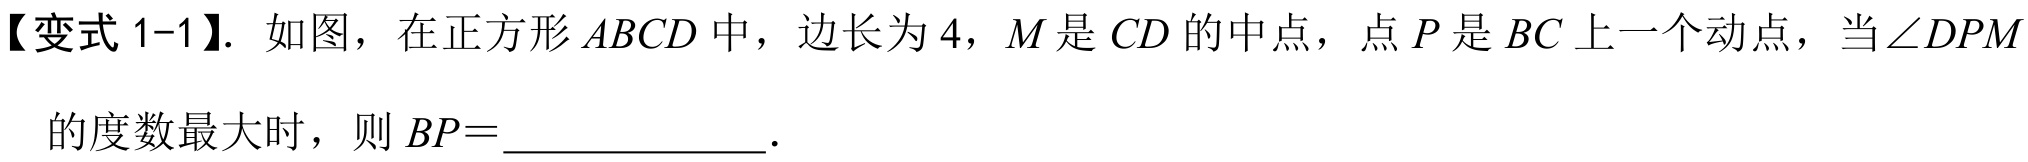
【变式 1-1】. 如图，在正方形 \(ABCD\) 中，边长为 \(4\)，\(M\) 是 \(CD\) 的中点，点 \(P\) 是 \(BC\) 上一个动点，当 \(\angle DPM\) 的度数最大时，则 \(BP = \_\_\_\_\_\_\).